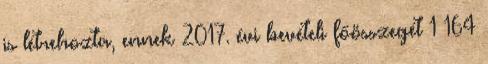
is létrehozta, ennek 2017. évi bevételi főösszegét 1 164